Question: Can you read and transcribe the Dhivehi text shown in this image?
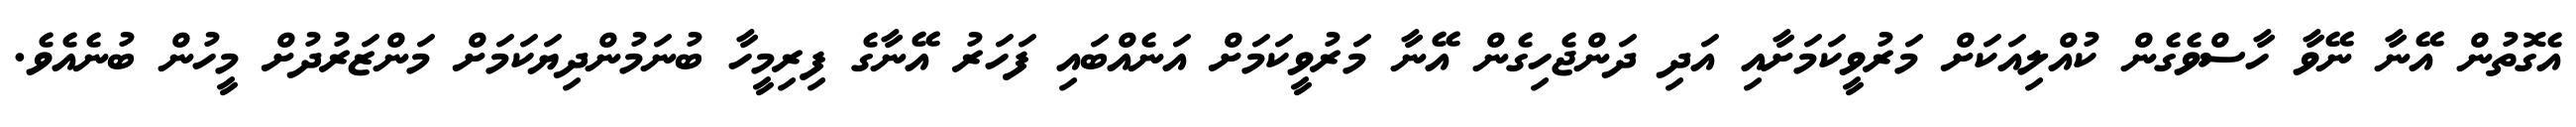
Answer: އެގޮތުން އޭނާ ނޭވާ ހާސްވެގެން ކުއްލިއަކަށް މަރުވީކަމަށާއި އަދި ދަންޖެހިގެން އޭނާ މަރުވީކަމަށް އަނެއްބައި ފަހަރު އޭނާގެ ފިރިމީހާ ބުނަމުންދިޔަކަމަށް މަންޒަރުދުށް މީހުން ބުނެއެވެ.